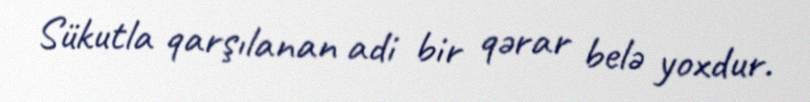
Sükutla qarşılanan adi bir qərar belə yoxdur.